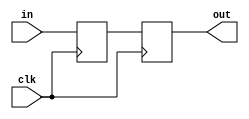
/*

Copyright (c) 2014-2018 Alex Forencich

Permission is hereby granted, free of charge, to any person obtaining a copy
of this software and associated documentation files (the "Software"), to deal
in the Software without restriction, including without limitation the rights
to use, copy, modify, merge, publish, distribute, sublicense, and/or sell
copies of the Software, and to permit persons to whom the Software is
furnished to do so, subject to the following conditions:

The above copyright notice and this permission notice shall be included in
all copies or substantial portions of the Software.

THE SOFTWARE IS PROVIDED "AS IS", WITHOUT WARRANTY OF ANY KIND, EXPRESS OR
IMPLIED, INCLUDING BUT NOT LIMITED TO THE WARRANTIES OF MERCHANTABILITY
FITNESS FOR A PARTICULAR PURPOSE AND NONINFRINGEMENT. IN NO EVENT SHALL THE
AUTHORS OR COPYRIGHT HOLDERS BE LIABLE FOR ANY CLAIM, DAMAGES OR OTHER
LIABILITY, WHETHER IN AN ACTION OF CONTRACT, TORT OR OTHERWISE, ARISING FROM,
OUT OF OR IN CONNECTION WITH THE SOFTWARE OR THE USE OR OTHER DEALINGS IN
THE SOFTWARE.

*/

// Language: Verilog-2001

`timescale 1 ns / 1 ps

/*
 * Synchronizes an asyncronous signal to a given clock by using a pipeline of
 * two registers.
 */
module sync_signal #(
    parameter WIDTH=1, // width of the input and output signals
    parameter N=2 // depth of synchronizer
)(
    input wire clk,
    input wire [WIDTH-1:0] in,
    output wire [WIDTH-1:0] out
);

reg [WIDTH-1:0] sync_reg[N-1:0];

/*
 * The synchronized output is the last register in the pipeline.
 */
assign out = sync_reg[N-1];

integer k;

always @(posedge clk) begin
    sync_reg[0] <= in;
    for (k = 1; k < N; k = k + 1) begin
        sync_reg[k] <= sync_reg[k-1];
    end
end

endmodule